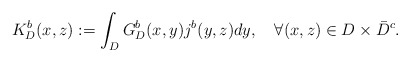
\begin{align*}K^{b}_{D}(x,z):=\int_{D}G^{b}_{D}(x,y)j^{b}(y,z)dy,\quad\forall(x,z)\in D\times \bar{D}^{c}.\end{align*}